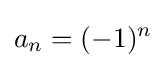
a_{n}=(-1)^{n}